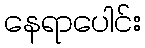
နေရာပေါင်း